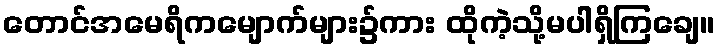
တောင်အမေရိကမျောက်များ၌ကား ထိုကဲ့သို့မပါရှိကြချေ။